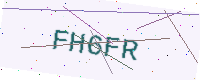
Text: FH6FR